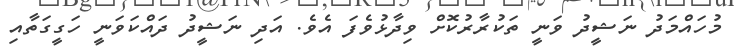
މުހައްމަދު ނަޝީދު ވަނީ ތަކުރާރުކޮށް ވިދާޅުވެފަ އެވެ. އަދި ނަޝީދު ދައްކަވަނީ ހަަގީގަތާއި